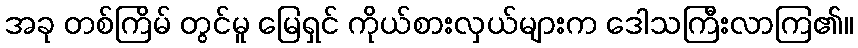
အခု တစ်ကြိမ် တွင်မူ မြေရှင် ကိုယ်စားလှယ်များက ဒေါသကြီးလာကြ၏။